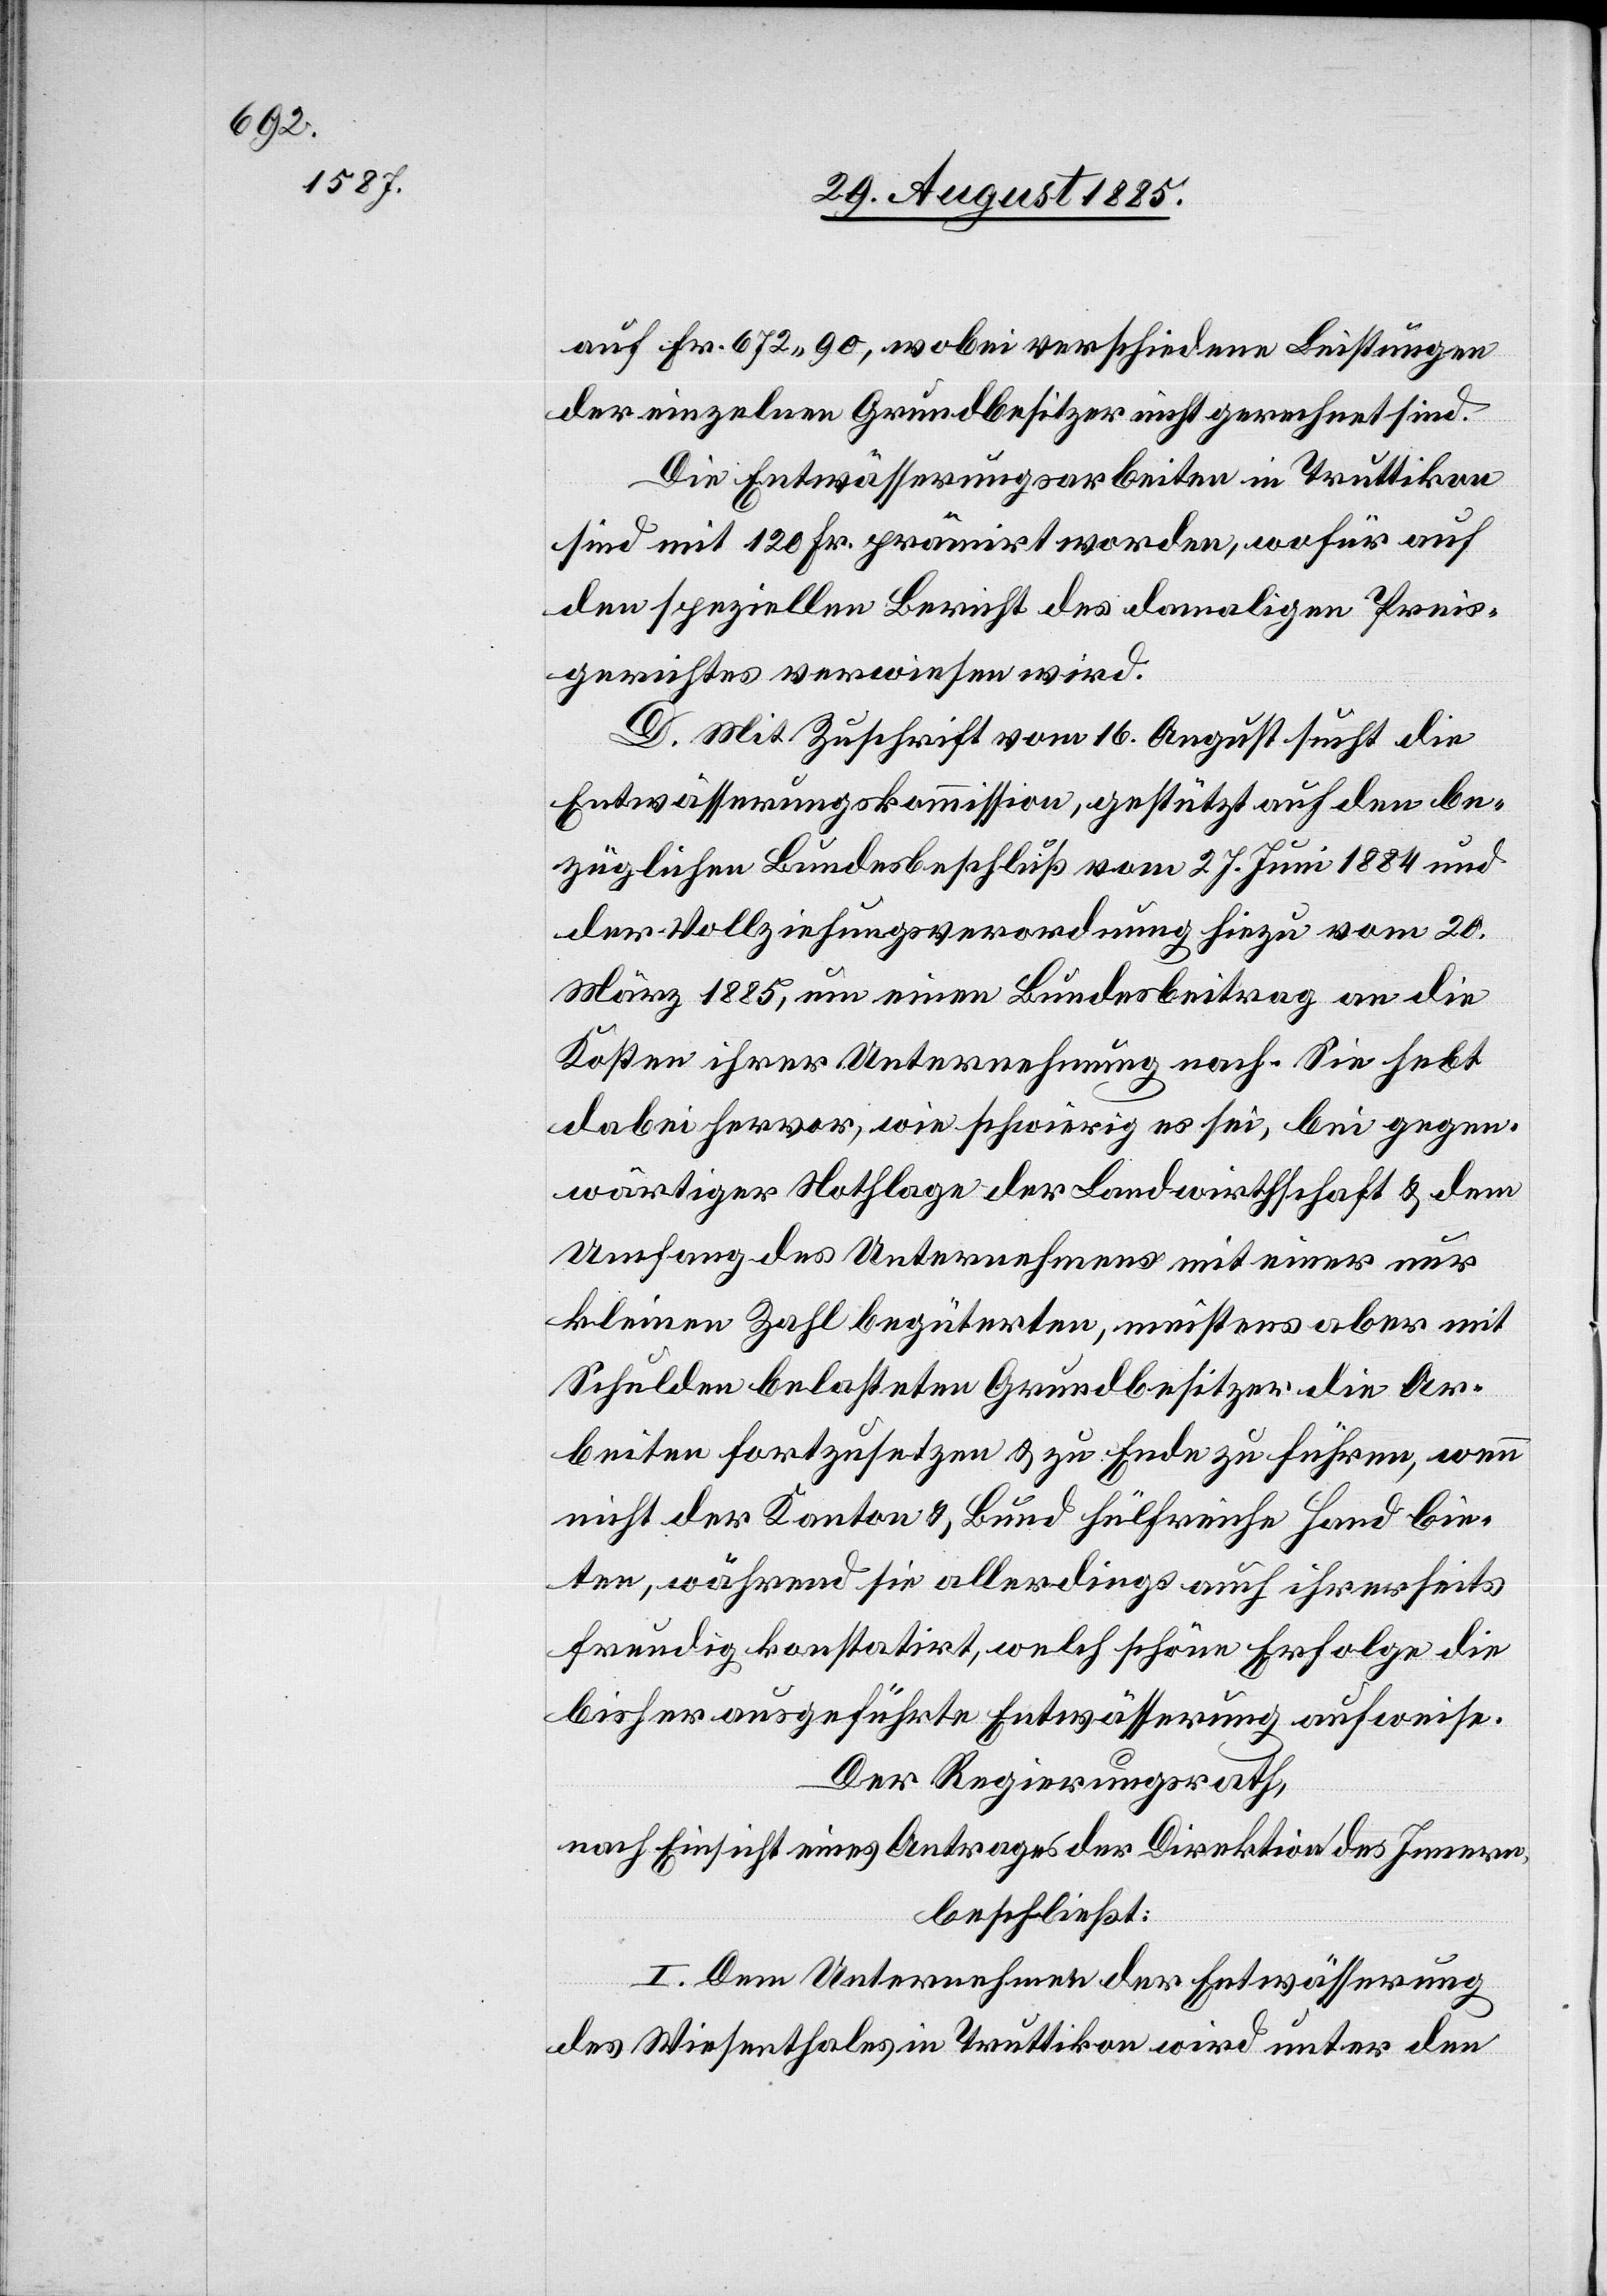
auf Fr. 672 90, wobei verschiedene Leistungen
der einzelnen Grundbesitzer nicht gerechnet sind.
Die Entwässerungsarbeiten in Truttikon
sind mit 120 Fr. prämirt worden, wofür auf
den speziellen Bericht des damaligen Preis¬
gerichtes verwiesen wird.
D. Mit Zuschrift vom 16. August sucht die
Entwässerungskommission, gestützt auf den be¬
züglichen Bundesbeschluß vom 27. Juni 1884 und
der Vollziehungsverordnung hiezu vom 20.
März 1885, um einen Bundesbeitrag an die
Kosten ihrer Unternehmung nach. Sie hebt
dabei hervor, wie schwierig es sei, bei gegen¬
wärtiger Nothlage der Landwirthschaft & dem
Umfang des Unternehmens mit einer nur
kleinen Zahl begüterten, meistens aber mit
Schulden belasteten Grundbesitzer die Ar¬
beiten fortzusetzen & zu Ende zu führen, wenn
nicht der Kanton & Bund hülfreiche Hand bie¬
ten, während sie allerdings auch ihrerseits
freudig konstatirt, welch schöne Erfolge die
bisher ausgeführte Entwässerung aufweise.
Der Regierungsrath,
nach Einsicht eines Antrages der Direktion des Innern,
beschließt:
I. Dem Unternehmen der Entwässerung
des Wiesenthales in Truttikon wird unter den